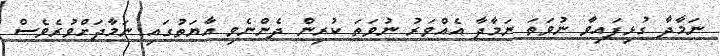
ނަމާދާ ގުޅިފައިވާ ނުވަތަ ނަމާދާ އެއްވަރު ނުވަތަ ކުރިން ދެންނެވި އާޔަތުގައި ނަމާދަށްވުރެވެސް